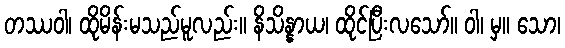
တဿဝါ၊ ထိုမိန်းမသည်မူလည်း။ နိသိန္နာယ၊ ထိုင်ပြီးလသော်။ ဝါ၊ မှ။ သော၊